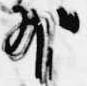
外